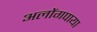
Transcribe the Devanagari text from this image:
अलोंगपाया